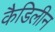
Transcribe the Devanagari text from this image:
कैडिलीन